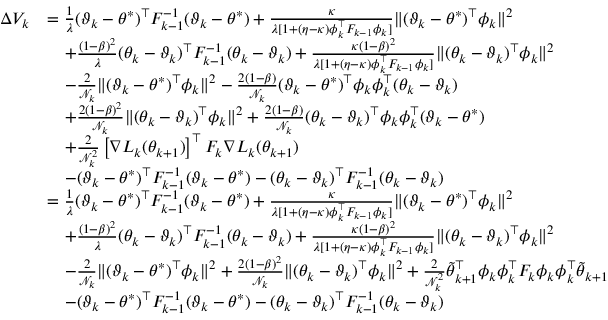
\begin{array} { r l } { \Delta V _ { k } } & { = \frac { 1 } { \lambda } ( \vartheta _ { k } - \theta ^ { * } ) ^ { \top } F _ { k - 1 } ^ { - 1 } ( \vartheta _ { k } - \theta ^ { * } ) + \frac { \kappa } { \lambda [ 1 + ( \eta - \kappa ) \phi _ { k } ^ { \top } F _ { k - 1 } \phi _ { k } ] } \| ( \vartheta _ { k } - \theta ^ { * } ) ^ { \top } \phi _ { k } \| ^ { 2 } } \\ & { \quad + \frac { ( 1 - \beta ) ^ { 2 } } { \lambda } ( \theta _ { k } - \vartheta _ { k } ) ^ { \top } F _ { k - 1 } ^ { - 1 } ( \theta _ { k } - \vartheta _ { k } ) + \frac { \kappa ( 1 - \beta ) ^ { 2 } } { \lambda [ 1 + ( \eta - \kappa ) \phi _ { k } ^ { \top } F _ { k - 1 } \phi _ { k } ] } \| ( \theta _ { k } - \vartheta _ { k } ) ^ { \top } \phi _ { k } \| ^ { 2 } } \\ & { \quad - \frac { 2 } { \mathcal { N } _ { k } } \| ( \vartheta _ { k } - \theta ^ { * } ) ^ { \top } \phi _ { k } \| ^ { 2 } - \frac { 2 ( 1 - \beta ) } { \mathcal { N } _ { k } } ( \vartheta _ { k } - \theta ^ { * } ) ^ { \top } \phi _ { k } \phi _ { k } ^ { \top } ( \theta _ { k } - \vartheta _ { k } ) } \\ & { \quad + \frac { 2 ( 1 - \beta ) ^ { 2 } } { \mathcal { N } _ { k } } \| ( \theta _ { k } - \vartheta _ { k } ) ^ { \top } \phi _ { k } \| ^ { 2 } + \frac { 2 ( 1 - \beta ) } { \mathcal { N } _ { k } } ( \theta _ { k } - \vartheta _ { k } ) ^ { \top } \phi _ { k } \phi _ { k } ^ { \top } ( \vartheta _ { k } - \theta ^ { * } ) } \\ & { \quad + \frac { 2 } { \mathcal { N } _ { k } ^ { 2 } } \left[ \nabla L _ { k } ( \theta _ { k + 1 } ) \right] ^ { \top } F _ { k } \nabla L _ { k } ( \theta _ { k + 1 } ) } \\ & { \quad - ( \vartheta _ { k } - \theta ^ { * } ) ^ { \top } F _ { k - 1 } ^ { - 1 } ( \vartheta _ { k } - \theta ^ { * } ) - ( \theta _ { k } - \vartheta _ { k } ) ^ { \top } F _ { k - 1 } ^ { - 1 } ( \theta _ { k } - \vartheta _ { k } ) } \\ & { = \frac { 1 } { \lambda } ( \vartheta _ { k } - \theta ^ { * } ) ^ { \top } F _ { k - 1 } ^ { - 1 } ( \vartheta _ { k } - \theta ^ { * } ) + \frac { \kappa } { \lambda [ 1 + ( \eta - \kappa ) \phi _ { k } ^ { \top } F _ { k - 1 } \phi _ { k } ] } \| ( \vartheta _ { k } - \theta ^ { * } ) ^ { \top } \phi _ { k } \| ^ { 2 } } \\ & { \quad + \frac { ( 1 - \beta ) ^ { 2 } } { \lambda } ( \theta _ { k } - \vartheta _ { k } ) ^ { \top } F _ { k - 1 } ^ { - 1 } ( \theta _ { k } - \vartheta _ { k } ) + \frac { \kappa ( 1 - \beta ) ^ { 2 } } { \lambda [ 1 + ( \eta - \kappa ) \phi _ { k } ^ { \top } F _ { k - 1 } \phi _ { k } ] } \| ( \theta _ { k } - \vartheta _ { k } ) ^ { \top } \phi _ { k } \| ^ { 2 } } \\ & { \quad - \frac { 2 } { \mathcal { N } _ { k } } \| ( \vartheta _ { k } - \theta ^ { * } ) ^ { \top } \phi _ { k } \| ^ { 2 } + \frac { 2 ( 1 - \beta ) ^ { 2 } } { \mathcal { N } _ { k } } \| ( \theta _ { k } - \vartheta _ { k } ) ^ { \top } \phi _ { k } \| ^ { 2 } + \frac { 2 } { \mathcal { N } _ { k } ^ { 2 } } \tilde { \theta } _ { k + 1 } ^ { \top } \phi _ { k } \phi _ { k } ^ { \top } F _ { k } \phi _ { k } \phi _ { k } ^ { \top } \tilde { \theta } _ { k + 1 } } \\ & { \quad - ( \vartheta _ { k } - \theta ^ { * } ) ^ { \top } F _ { k - 1 } ^ { - 1 } ( \vartheta _ { k } - \theta ^ { * } ) - ( \theta _ { k } - \vartheta _ { k } ) ^ { \top } F _ { k - 1 } ^ { - 1 } ( \theta _ { k } - \vartheta _ { k } ) } \end{array}